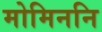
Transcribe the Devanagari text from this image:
मोमिननि